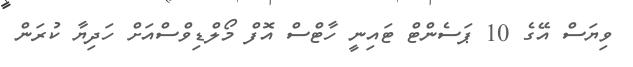
ވިޔަސް އޭގެ 10 ޕަސެންޓް ޓައިނީ ހާޓްސް އޮފް މޯލްޑިވްސްއަށް ހަދިޔާ ކުރަން